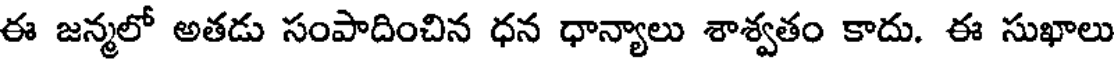
ఈ జన్మలో అతడు సంపాదించిన ధన ధాన్యాలు శాశ్వతం కాదు. ఈ సుఖాలు